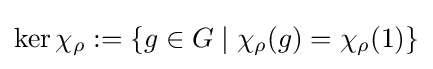
\ker \chi _{\rho }:=\left\lbrace g\in G\mid \chi _{\rho }(g)=\chi _{\rho }(1)\right\rbrace